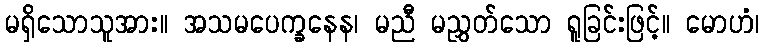
မရှိသောသူအား။ အသမပေက္ခနေန၊ မညီ မညွှတ်သော ရူခြင်းဖြင့်။ မောဟံ၊